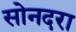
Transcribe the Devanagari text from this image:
सोनदरा